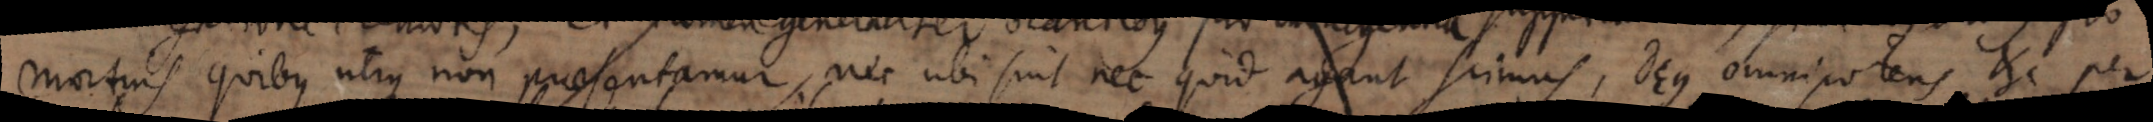
mortuis quibus utique non praesentamur, nec ubi sint nec quid agant scimus, Deus omnipotens etc. per